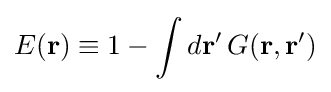
E(\mathbf {r} )\equiv 1-\int d\mathbf {r} '\,G(\mathbf {r} ,\mathbf {r} ')